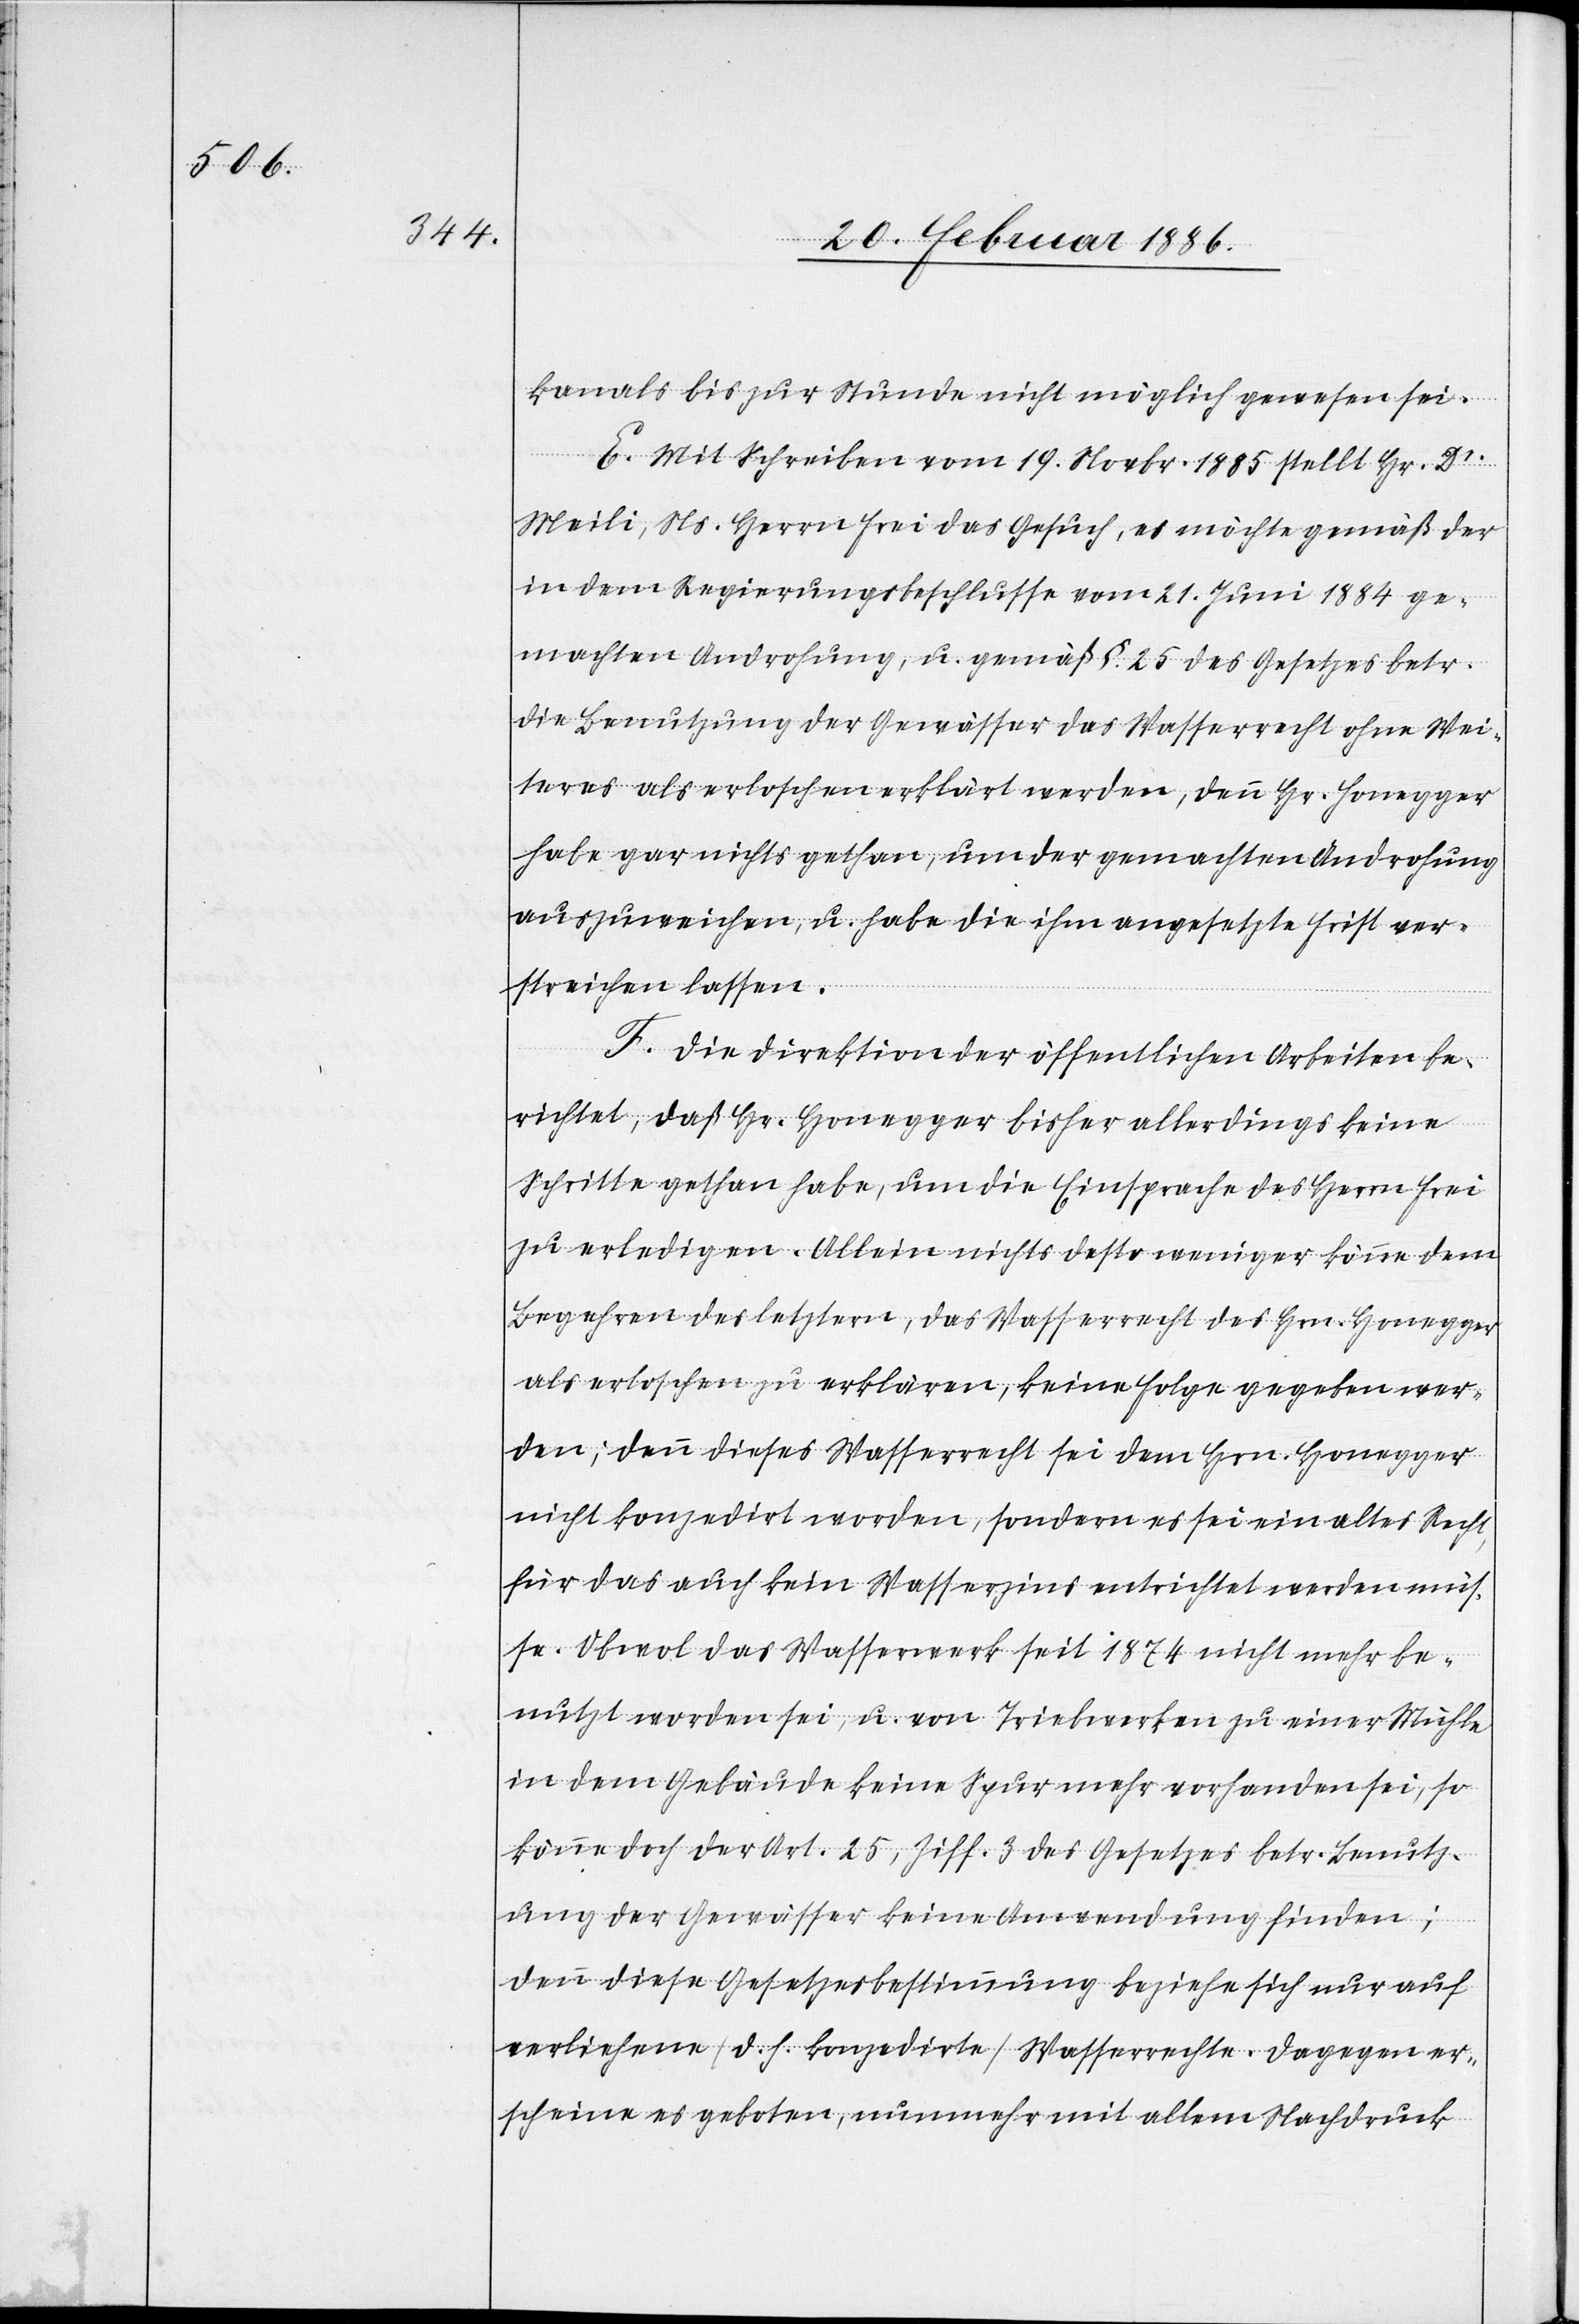
kanals bis zur Stunde nicht möglich gewesen sei.
E. Mit Schreiben vom 19. Novbr. 1885 stellt Hr. Dr.
Meili, Ns. Herrn Frei das Gesuch, es möchte gemäß der
in dem Regierungsbeschlusse vom 21. Juni 1884 ge¬
machten Androhung, u. gemäß §. 25 des Gesetzes betr.
Die Benützung der Gewässer das Wasserrecht ohne Wei¬
teres als erloschen erklärt werde, denn Hr. Honegger
habe gar nichts gethan, um der gemachten Androhung
auszuweichen, u. habe die ihm angesetzte Frist ver¬
streichen lassen.
F. Die Direktion der öffentlichen arbeiten be¬
richtet, daß Hr. Honegger bisher allerdings keine
Schritte gethan habe, um die Einsprache des Herrn Frei
zu erledigen. Allein nichts desto weniger könne dem
Begehren des letztern, das Wasserrecht des Hrn. Honegger
als erloschen zu erklären, keine Folge gegeben wer¬
den; denn dieses Wasserrecht sei dem Hrn. Honegger
nicht konzedirt worden, sondern es sei ein altes Recht,
für das auch kein Wasserzins entrichtet werden müs¬
se. Obwol das Wasserwerk seit 1874 nicht mehr be¬
nutzt worden sei, u. von Triebwerken zu einer Mühle
in dem Gebäude keine Spur mehr vorhanden sei, so
könne doch der Art. 25, Ziff. 3 des Gesetzes betr. Benutz¬
ung der Gewässer keine Anwendung finden;
denn diese Gesetzesbestimmung beziehe sich nur auf
verliehene (d. h. konzedirte) Wasserrechte. Dagegen er¬
scheine es geboten, nunmehr mit allem Nachdruck